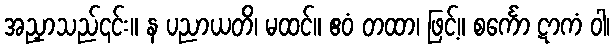
အညှာသည်၎င်း။ န ပညာယတိ၊ မထင်။ ဧဝံ တထာ၊ ဖြင့်။ စင်္ကော ဋာကံ ဝါ၊